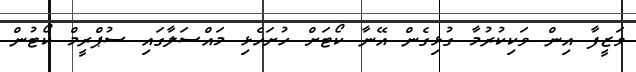
ވަޒީފާ އިން ވަކިކުރުމާ ގުޅިގެން އޭނާ ކޯޓަށް ހުށަހެޅި މައްސަލާގައި ސުޕްރީމް ކޯޓުން